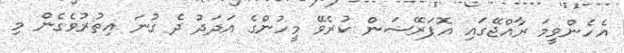
އެހެންވީމަ ރާއްޖޭގައި އޮޕަރޭޝަން ކުރެވޭ މީހުންގެ އަދަދު ދެ ގުނަ އިތުރުވެގެން މި